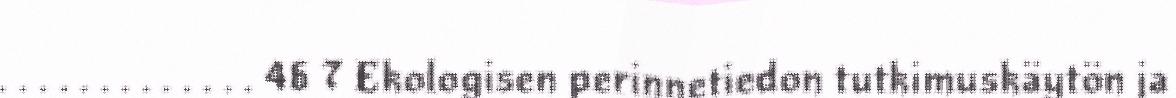
. . . . . . . . . . . . . 46 7 Ekologisen perinnetiedon tutkimuskäytön ja